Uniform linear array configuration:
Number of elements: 16
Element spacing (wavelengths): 0.25
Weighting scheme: kaiser
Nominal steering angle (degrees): -45
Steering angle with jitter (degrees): -43.928
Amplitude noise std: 0.05
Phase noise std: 0.05

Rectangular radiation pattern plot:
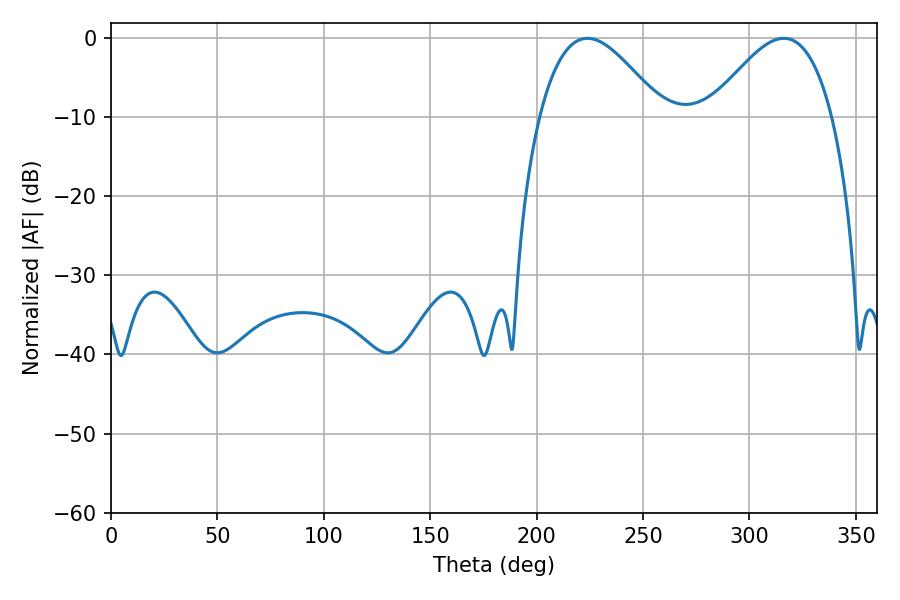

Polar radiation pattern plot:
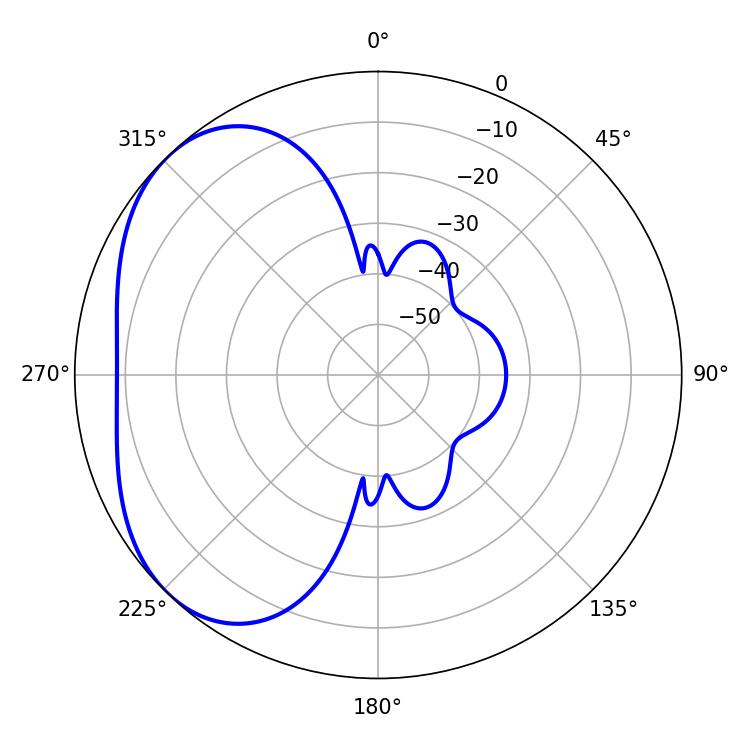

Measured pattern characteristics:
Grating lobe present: FALSE
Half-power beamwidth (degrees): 31.14
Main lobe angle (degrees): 223.92